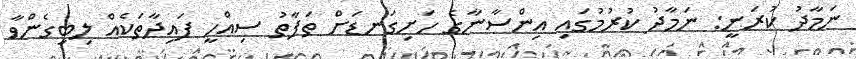
ނަމާދު ކުރަނީ: ނަމާދު ކުރުމުގައި އިންސާނާގެ ހަށިގަނޑަށް ތަފާތު ސިއްހީ ފައިދާތަކެއް ލިބިގެންވާ